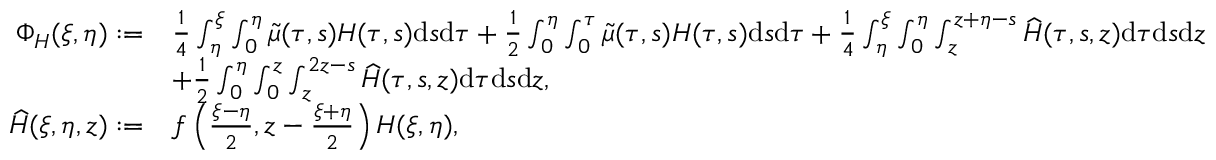
\begin{array} { r l } { { \Phi _ { H } ( \xi , \eta ) } : = } & { { { \frac { { 1 } } { 4 } } \int _ { \eta } ^ { \xi } \int _ { 0 } ^ { \eta } \widetilde { \mu } ( \tau , s ) H ( \tau , s ) \mathrm { d } s \mathrm { d } \tau } + { { \frac { { 1 } } { 2 } } \int _ { 0 } ^ { \eta } \int _ { 0 } ^ { \tau } \widetilde { \mu } ( \tau , s ) H ( \tau , s ) \mathrm { d } s \mathrm { d } \tau } + \frac { 1 } { 4 } \int _ { \eta } ^ { \xi } \int _ { 0 } ^ { \eta } \int _ { z } ^ { z + \eta - s } \widehat { H } ( \tau , s , z ) \mathrm { d } \tau \mathrm { d } s \mathrm { d } z } \\ & { + \frac { 1 } { 2 } \int _ { 0 } ^ { \eta } \int _ { 0 } ^ { z } \int _ { z } ^ { 2 z - s } \widehat { H } ( \tau , s , z ) \mathrm { d } \tau \mathrm { d } s \mathrm { d } z , } \\ { \widehat { H } ( \xi , \eta , z ) : = } & { f \left( \frac { \xi - \eta } { 2 } , z - \frac { \xi + \eta } { 2 } \right) H ( \xi , \eta ) , } \end{array}